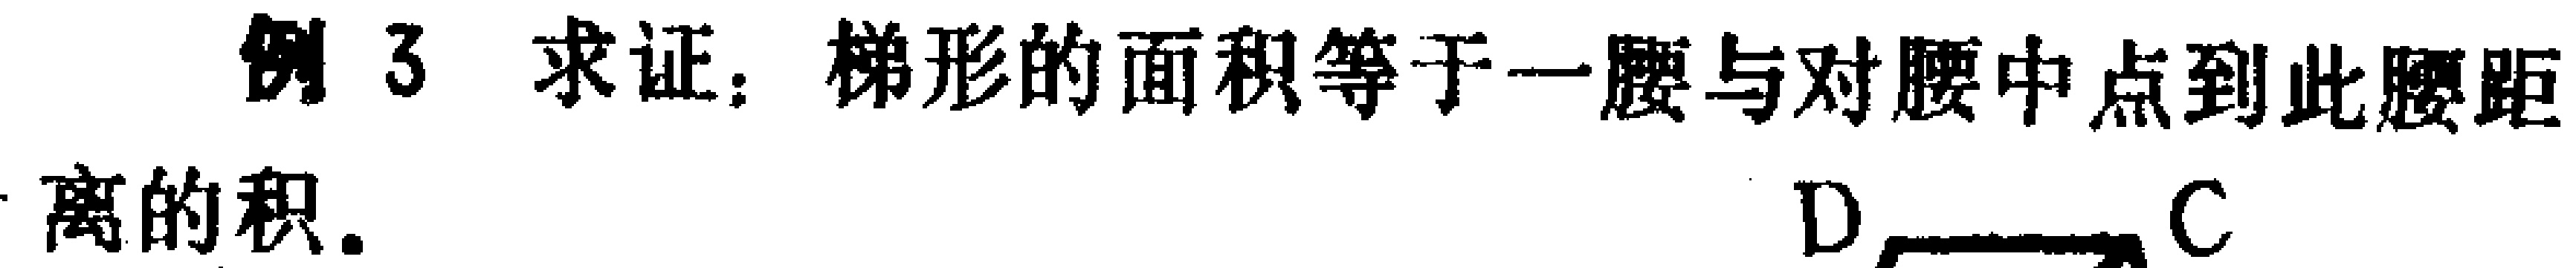
例3 求证：梯形的面积等于一腰与对腰中点到此腰距\\离的积. \(D\) \(C\)